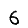
Digit: 6